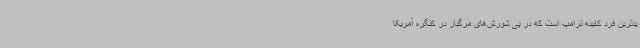
یدترین فرد کابینه ترامپ است که در پی شورش‌های مرگبار در کنگره آمریکا